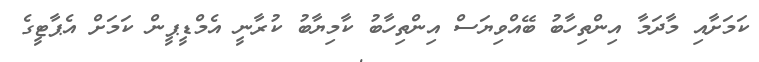
ކަމަށާއި މާދަމާ އިންތިހާބު ބޭއްވިޔަސް އިންތިހާބު ކާމިޔާބު ކުރާނީ އެމްޑީޕީން ކަމަށް އެޕާޓީގެ